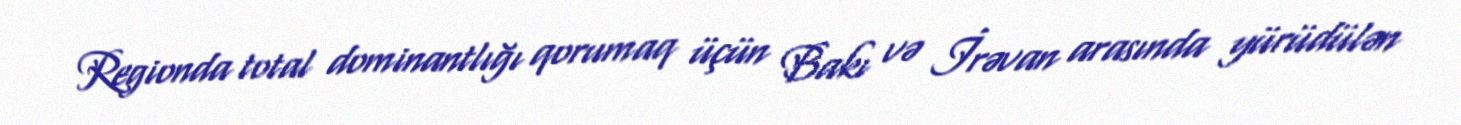
Regionda total dominantlığı qorumaq üçün Bakı və İrəvan arasında yürüdülən